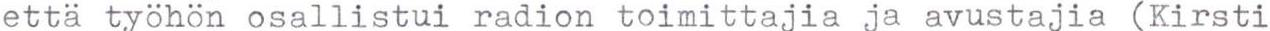
että työhön osallistui radion toimittajia ja avustajia (Kirsti